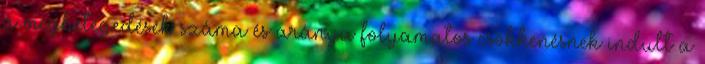
a megbetegedések száma és aránya folyamatos csökkenésnek indult a